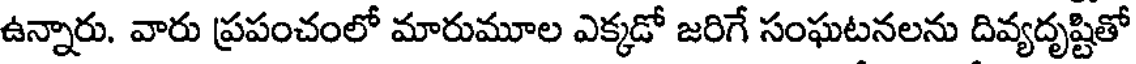
ఉన్నారు. వారు ప్రపంచంలో మారుమూల ఎక్కడో జరిగే సంఘటనలను దివ్యదృష్టితో